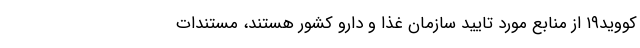
کووید۱۹ از منابع مورد تایید سازمان غذا و دارو کشور هستند، مستندات